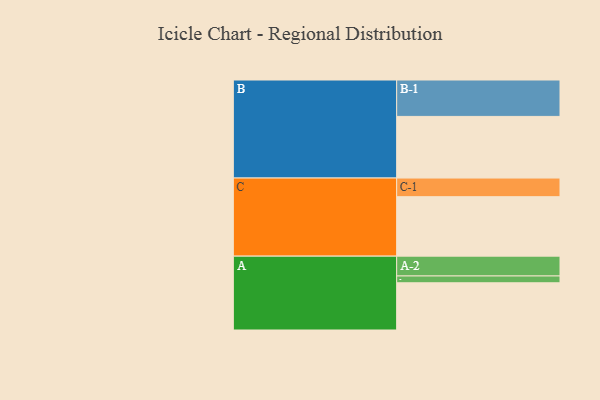
{"axis": {"x": "Segment", "y": "Value"}, "legend": ["", "A", "B", "C"], "data": [{"x": "A", "y": 367, "type": ""}, {"x": "B", "y": 479, "type": ""}, {"x": "C", "y": 462, "type": ""}, {"x": "A-1", "y": 53, "type": "A"}, {"x": "A-2", "y": 154, "type": "A"}, {"x": "B-1", "y": 283, "type": "B"}, {"x": "C-1", "y": 145, "type": "C"}]}